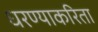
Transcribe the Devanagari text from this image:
धरण्याकरिता